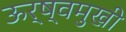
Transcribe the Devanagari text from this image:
ऊर्ष्वमुखी